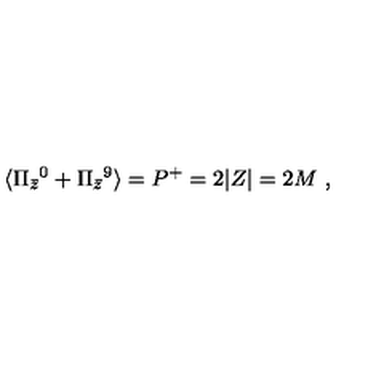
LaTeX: \langle \Pi _ { \bar { z } } { } ^ { 0 } + \Pi _ { \bar { z } } { } ^ { 9 } \rangle = P ^ { + } = 2 | Z | = 2 M \ ,